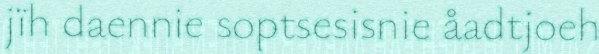
jïh daennie soptsesisnie åadtjoeh